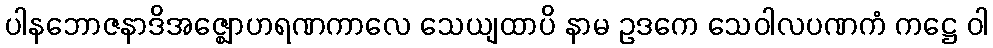
ပါနဘောဇနာဒိအဇ္ဈောဟရဏကာလေ သေယျထာပိ နာမ ဥဒကေ သေဝါလပဏကံ ကဋ္ဌေ ဝါ